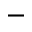
-